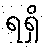
ရရှိ